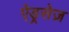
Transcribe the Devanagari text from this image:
ऐड्रसेज़